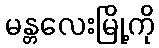
မန္တလေးမြို့ကို